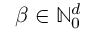
{ \boldsymbol { \beta } } \in \ensuremath { \mathbb { N } } _ { 0 } ^ { d }